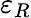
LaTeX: \varepsilon_{R}